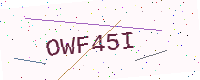
Text: OWF45I